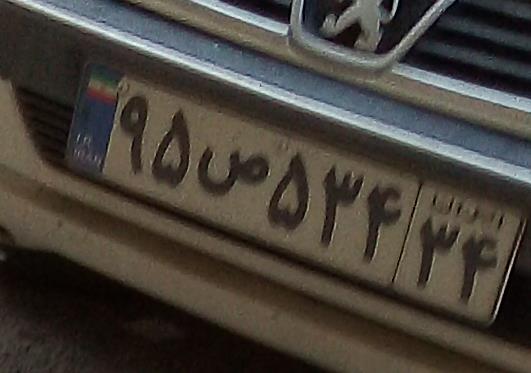
۹۵ص۵۳۴۳۴